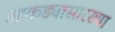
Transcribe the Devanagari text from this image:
आकड्यासारख्या